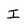
Character: I